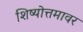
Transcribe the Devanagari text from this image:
शिष्योत्तमावर